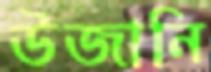
উজানি